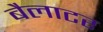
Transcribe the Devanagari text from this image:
बैलाटर